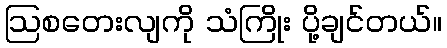
ဩစတေးလျကို သံကြိုး ပို့ချင်တယ်။